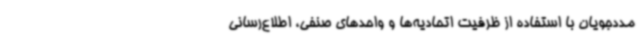
مددجویان با استفاده از ظرفیت اتحادیه‌ها و واحدهای صنفی، اطلاع‌رسانی